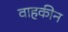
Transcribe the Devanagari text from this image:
वाहकीन